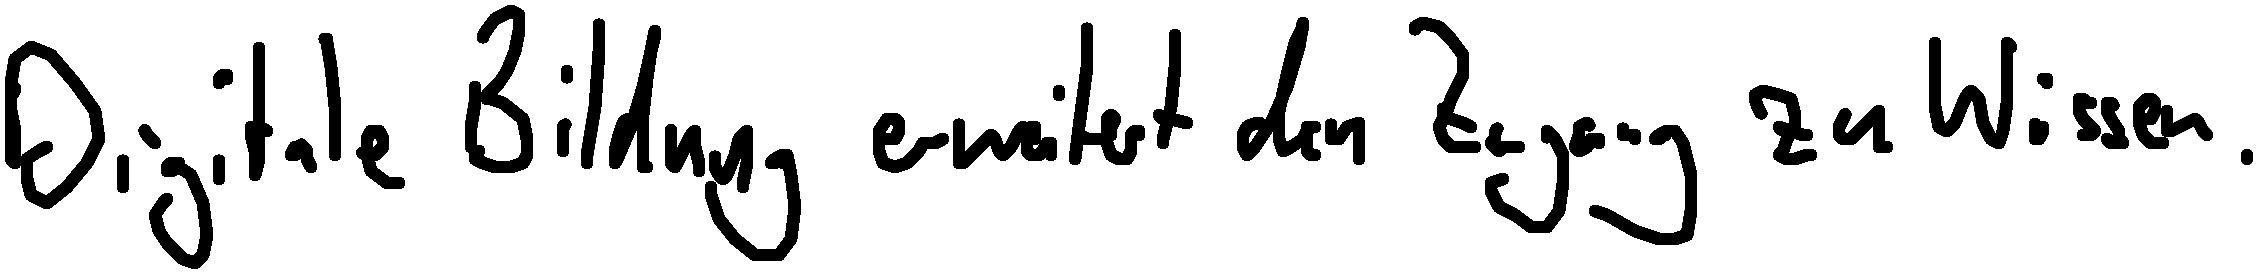
Digitale Bildung erweitert den Zugang zu Wissen.